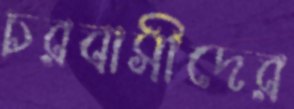
চরবাসীদের